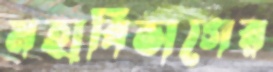
মহাবিভাগের